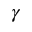
\gamma